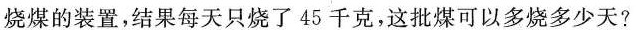
烧煤的装置，结果每天只烧了45千克，这批煤可以多烧多少天?